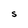
Character: S